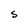
Character: S